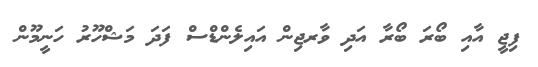
ފިޖީ އާއި ބޯރަ ބޯރާ އަދި ވާރޖިން އައިލެންޑްސް ފަދަ މަޝްހޫރު ހަނީމޫން